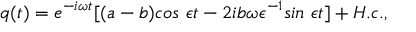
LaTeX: q ( t ) = e ^ { - i \omega t } [ ( a - b ) c o s ~ \epsilon t - 2 i b \omega \epsilon ^ { - 1 } s i n ~ \epsilon t ] + H . c . ,